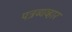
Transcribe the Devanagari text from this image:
पत्रव्यव्हार